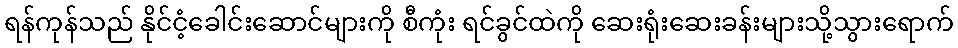
ရန်ကုန်သည် နိုင်ငံ့ခေါင်းဆောင်များကို စီကုံး ရင်ခွင်ထဲကို ဆေးရုံးဆေးခန်းများသို့သွားရောက်